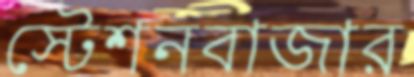
স্টেশনবাজার